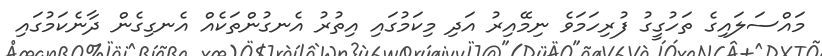
މައްސަލައިގެ ތަހުގީގު ފުރިހަމަވެ ނިމޭއިރު އަދި މިކަމުގައި އިތުރު އެނގުންތަކެއް އެނގިގެން ދާނެކަމުގައި